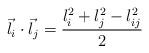
LaTeX: \begin{align*}\vec{l}_i\cdot \vec{l}_j= \frac{l_i^2+l_j^2-l_{ij}^2}{2}\end{align*}